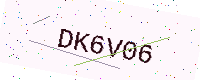
Text: DK6V06